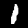
Label: 1